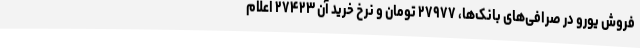
فروش یورو در صرافی‌های بانک‌ها، ۲۷۹۷۷ تومان و نرخ خرید آن ۲۷۴۲۳ اعلام